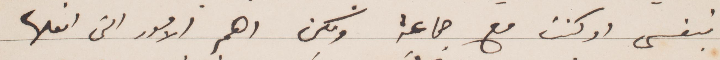
بنفسي او كنت مع جماعة ولكن اهم الأمور التي افعلها